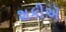
શકીઍ